Indian journal of veterinary science and animal husbandry - Volume 6,
Year: 1936
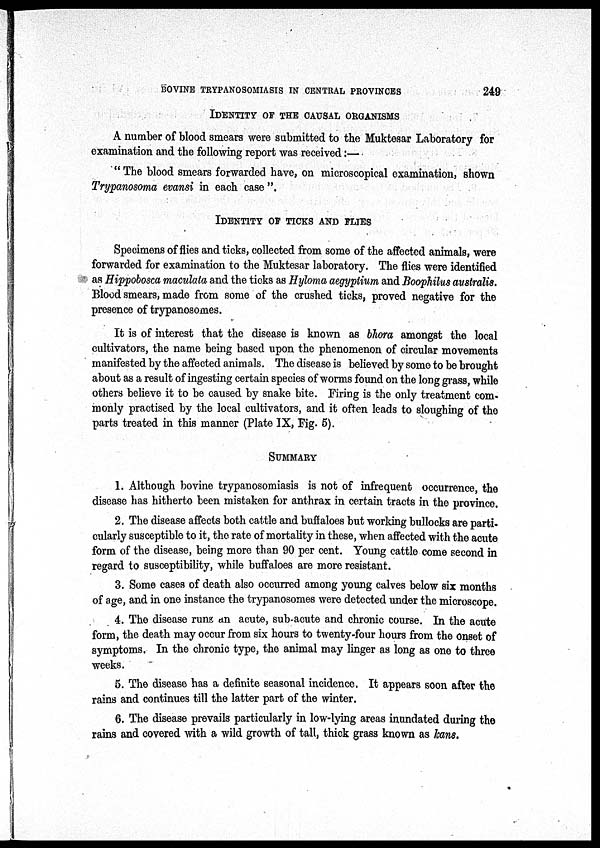
BOVINE TRYPANOSOMIASIS IN CENTRAL PROVINCES
249
IDENTITY OF THE CAUSAL ORGANISMS
A number of blood smears were submitted to the Muktesar Laboratory for
examination and the following report was received :—
" The blood smears forwarded have, on microscopical examination, shown
Trypanosoma evansi in each case ".
IDENTITY OF TICKS AND FLIES
Specimens of flies and ticks, collected from some of the affected animals, were
forwarded for examination to the Muktesar laboratory. The flies were identified
as Hippobosca maculata and the ticks as Hyloma aegyptium and Boophilus australis.
Blood smears, made from some of the crushed ticks, proved negative for the
presence of trypanosomes.
It is of interest that the disease is known as bhora amongst the local
cultivators, the name being based upon the phenomenon of circular movements
manifested by the affected animals. The disease is believed by some to be brought
about as a result of ingesting certain species of worms found on the long grass, while
others believe it to be caused by snake bite. Firing is the only treatment com-
monly practised by the local cultivators, and it often leads to sloughing of the
parts treated in this manner (Plate IX, Fig. 5).
SUMMARY
1. Although bovine trypanosomiasis is not of infrequent occurrence, the
disease has hitherto been mistaken for anthrax in certain tracts in the province.
2. The disease affects both cattle and buffaloes but working bullocks are parti-
cularly susceptible to it, the rate of mortality in these, when affected with the acute
form of the disease, being more than 90 per cent. Young cattle come second in
regard to susceptibility, while buffaloes are more resistant.
3. Some cases of death also occurred among young calves below six months
of age, and in one instance the trypanosomes were detected under the microscope.
4. The disease runs an acute, sub-acute and chronic course. In the acute
form, the death may occur from six hours to twenty-four hours from the onset of
symptoms. In the chronic type, the animal may linger as long as one to three
weeks.
5. The disease has a definite seasonal incidence. It appears soon after the
rains and continues till the latter part of the winter.
6. The disease prevails particularly in low-lying areas inundated during the
rains and covered with a wild growth of tall, thick grass known as kans.